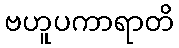
ဗဟူပကာရာတိ